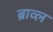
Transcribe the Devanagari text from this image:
ब्राव्ल